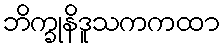
ဘိက္ခုနိဒူသကကထာ